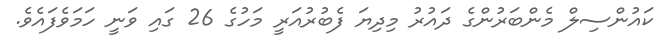
ކައުންސިލް މެންބަރުންގެ ދައުރު މިދިޔަ ފެބުރުއަރީ މަހުގެ 26 ގައި ވަނީ ހަމަވެފައެވެ.